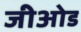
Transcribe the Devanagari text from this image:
जीओड